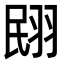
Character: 𮊼